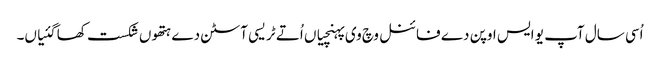
اُسی سال آپ یو ایس اوپن دے فائنل وچ وی پہنچیاں اُتے ٹریسی آسٹن دے ہتھو‏ں شکست کھا گئیاں۔